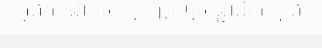
ក្នុងករណីបទល្មើសព្រហ្មទ័ណ្ឌជាក់ស្តែង